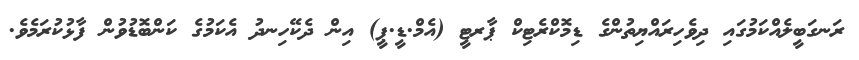
ރަނގަބީލެއްކަމުގައި ދިވެހިރައްޔިތުންގެ ޑިމޮކްރެޓިކް ޕާރޓީ (އެމް.ޑީ.ޕީ) އިން ދެކޭހިނދު އެކަމުގެ ކަންބޮޑުވުން ފާޅުކުރަމެވެ.